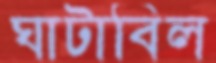
ঘাটাবিল